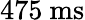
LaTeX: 475~\mathrm{ms}